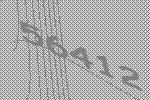
56412